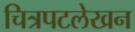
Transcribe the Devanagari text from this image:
चित्रपटलेखन